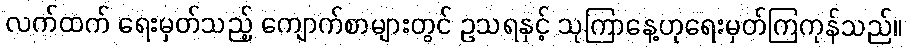
လက်ထက် ရေးမှတ်သည့် ကျောက်စာများတွင် ဥသရနှင့် သုကြာနေ့ဟုရေးမှတ်ကြကုန်သည်။